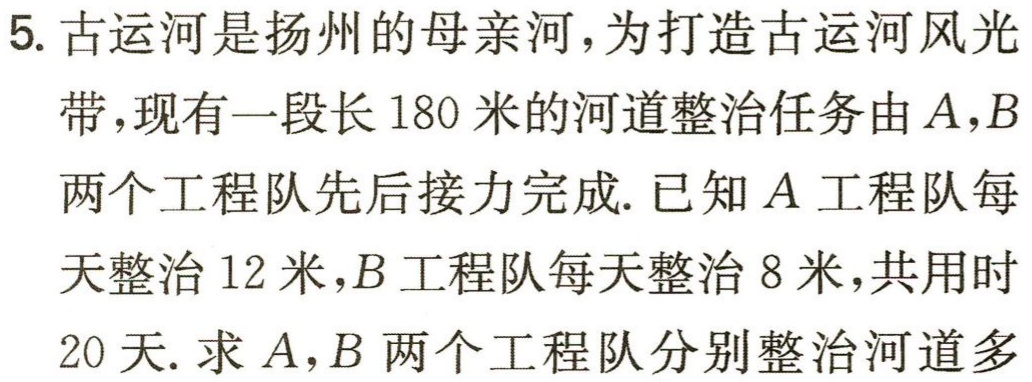
5. 古运河是扬州的母亲河，为打造古运河风光带，现有一段长180米的河道整治任务由\(A,B\)两个工程队先后接力完成. 已知\(A\)工程队每天整治12米，\(B\)工程队每天整治8米，共用时20天. 求\(A,B\)两个工程队分别整治河道多